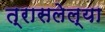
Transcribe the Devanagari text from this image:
त्रासलेल्या